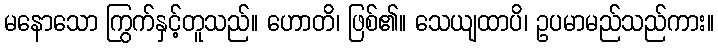
မနောသော ကြွက်နှင့်တူသည်။ ဟောတိ၊ ဖြစ်၏။ သေယျထာပိ၊ ဥပမာမည်သည်ကား။